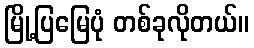
မြို့ပြမြေပုံ တစ်ခုလိုတယ်။